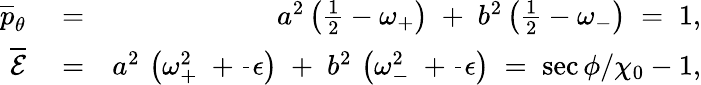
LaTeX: \begin{array}{rlr}{\overline{{p}}_{\theta}}&{{}=}&{a^{2}\left(\frac{1}{2}-\omega_{+}\right)\; +\; b^{2}\left(\frac{1}{2}-\omega_{-}\right)\; =\; 1,}\\ {\overline{{\cal E}}}&{{}=}&{a^{2}\, \left(\omega_{+}^{2}\; +\frac{}{}\epsilon\right)\; +\; b^{2}\, \left(\omega_{-}^{2}\; +\frac{}{}\epsilon\right)\; =\; \sec\phi/\chi_{0}-1,}\end{array}